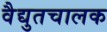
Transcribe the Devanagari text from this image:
वैद्युतचालक